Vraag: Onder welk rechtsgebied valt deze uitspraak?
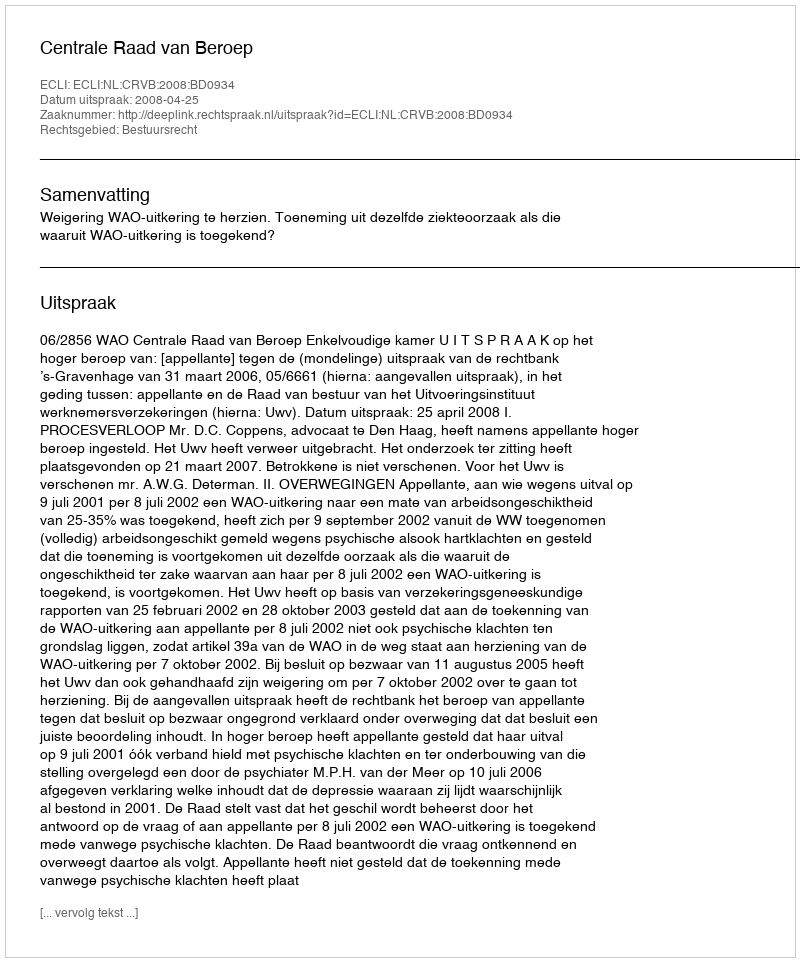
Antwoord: Bestuursrecht